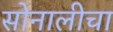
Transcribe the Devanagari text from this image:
सोनालीचा